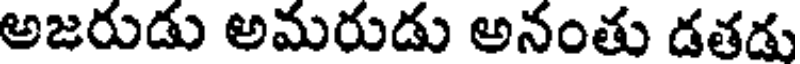
అజరుడు అమరుడు అనంతు డతడు